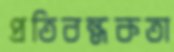
প্রতিবন্ধকতা